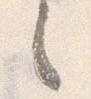
之